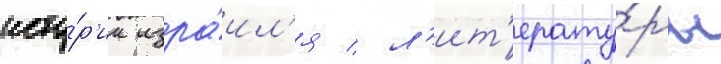
исто́р'ии изра́ил'я / л'ит'ерату́ры